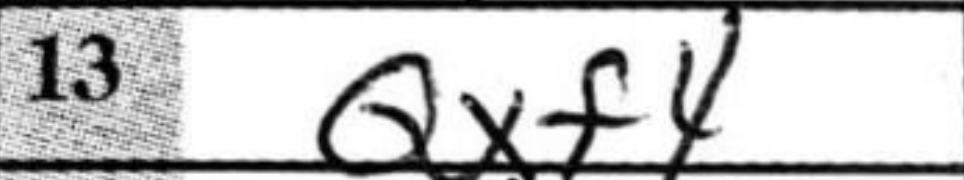
Transcription: Qxf4